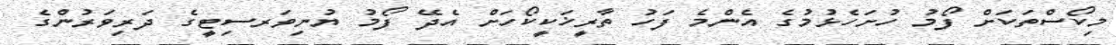
މިކޯސްތަކަށް ފޯމު ހުށަހެޅުމުގެ އެންމެ ފަހު ތާރީޚަކީކޯހަށް އެދޭ ފޯމު ޔުނިވަރސިޓީގެ ދަރިވަރުންގެ